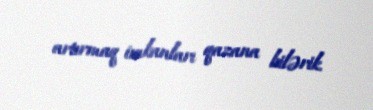
artırmaq imkanları qazana bilərik.